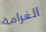
الغرامة